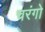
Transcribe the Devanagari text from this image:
चरंगो